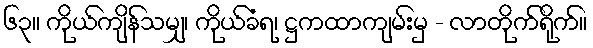
၆၃။ ကိုယ်ကျိန်သမျှ၊ ကိုယ်ခံရ၊ ဋ္ဌကထာကျမ်းမှ - လာတိုက်ရိုက်။